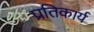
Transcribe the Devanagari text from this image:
प्रतिकार्य